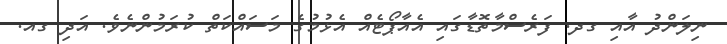
ނިލަންދު އާއި ގދ. ފަރެސްމާތޮޑާގައި އެއާޕޯޓެއް އެޅުމުގެ މަސައްކަތް ކުރަމުންނެވެ. އަދި ގއ.